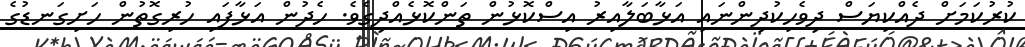
ކުރުކަމަށް ދެއްކިޔަސް ދިވެހިކުދިންނައި އަޅާބަލާއިރު އިސްކޮޅުން ތަންކޮޅެއްދިގެވެ. ހެދުން އަޅާފައި ހުރިގޮތުން ހަށިގަނޑުގެ